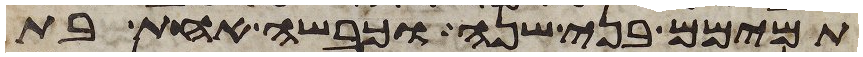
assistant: תמימם בני שנה וכבשה אחת בת